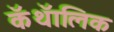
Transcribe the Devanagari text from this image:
कॅथॅालिक